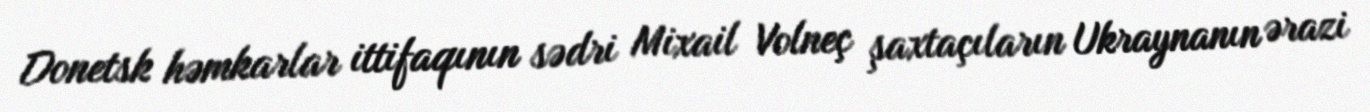
Donetsk həmkarlar ittifaqının sədri Mixail Volneç şaxtaçıların Ukraynanın ərazi